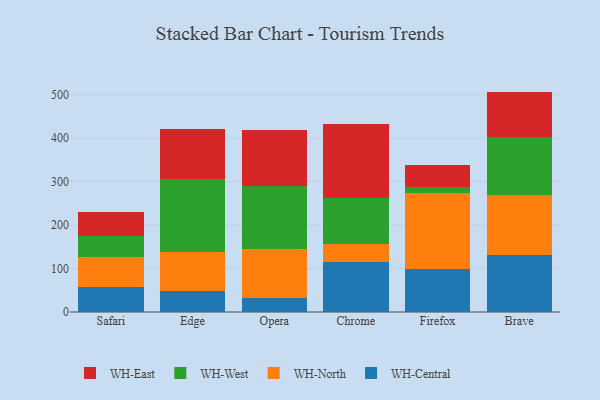
{"axis": {"x": "Browser", "y": "Operating Costs (USD K)"}, "legend": ["WH-Central", "WH-East", "WH-North", "WH-West"], "data": [{"x": "Safari", "y": 58.6, "type": "WH-Central"}, {"x": "Safari", "y": 67.1, "type": "WH-North"}, {"x": "Safari", "y": 49.1, "type": "WH-West"}, {"x": "Safari", "y": 55.4, "type": "WH-East"}, {"x": "Edge", "y": 49.3, "type": "WH-Central"}, {"x": "Edge", "y": 89.6, "type": "WH-North"}, {"x": "Edge", "y": 168.1, "type": "WH-West"}, {"x": "Edge", "y": 114.4, "type": "WH-East"}, {"x": "Opera", "y": 31.6, "type": "WH-Central"}, {"x": "Opera", "y": 113.2, "type": "WH-North"}, {"x": "Opera", "y": 145.4, "type": "WH-West"}, {"x": "Opera", "y": 127.7, "type": "WH-East"}, {"x": "Chrome", "y": 115.9, "type": "WH-Central"}, {"x": "Chrome", "y": 40.3, "type": "WH-North"}, {"x": "Chrome", "y": 106.4, "type": "WH-West"}, {"x": "Chrome", "y": 169.9, "type": "WH-East"}, {"x": "Firefox", "y": 97.9, "type": "WH-Central"}, {"x": "Firefox", "y": 175.2, "type": "WH-North"}, {"x": "Firefox", "y": 14.4, "type": "WH-West"}, {"x": "Firefox", "y": 50.5, "type": "WH-East"}, {"x": "Brave", "y": 132.2, "type": "WH-Central"}, {"x": "Brave", "y": 136.3, "type": "WH-North"}, {"x": "Brave", "y": 134.2, "type": "WH-West"}, {"x": "Brave", "y": 104.2, "type": "WH-East"}]}